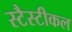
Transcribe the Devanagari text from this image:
स्टैस्टीकल